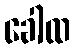
ခေါထ